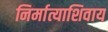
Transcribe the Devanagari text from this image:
निर्मात्याशिवाय